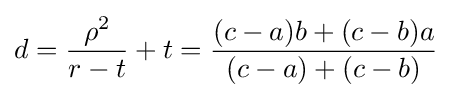
d={\frac {\rho ^{2}}{r-t}}+t={\frac {(c-a)b+(c-b)a}{(c-a)+(c-b)}}